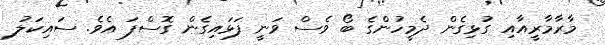
މާރާމާރީއާއި ގުޅިގެން ދެމީހުންގެ ބޯ ވެސް ވަނީ ފަޅައިގެން ގޮސްފަ އެވެ. ސައިކަލު